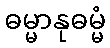
ဓမ္မာနုဓမ္မံ